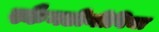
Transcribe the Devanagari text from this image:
स्कैनडीनीविया